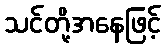
သင်တို့အနေဖြင့်